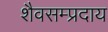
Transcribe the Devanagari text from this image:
शैवसम्प्रदाय